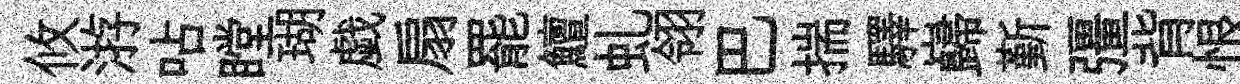
攸㳺呫瞠瑚戯扇罷鱣虬翎巴揣驛巋斳彊背恨